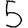
Digit: 5